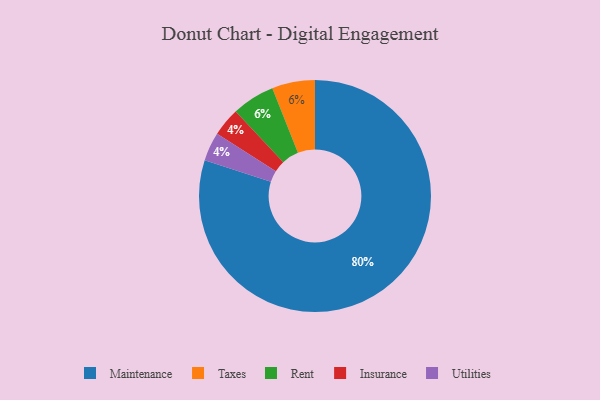
{"axis": {"x": "Category", "y": "Percentage"}, "legend": ["Insurance", "Maintenance", "Rent", "Taxes", "Utilities"], "data": [{"x": "Taxes", "y": 6, "type": "Taxes"}, {"x": "Insurance", "y": 4, "type": "Insurance"}, {"x": "Maintenance", "y": 80, "type": "Maintenance"}, {"x": "Utilities", "y": 4, "type": "Utilities"}, {"x": "Rent", "y": 6, "type": "Rent"}]}